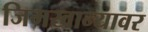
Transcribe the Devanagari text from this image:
जिमखान्यावर